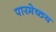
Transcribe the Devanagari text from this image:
पारमेष्ठय